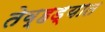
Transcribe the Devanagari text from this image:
तेव्हड्यात